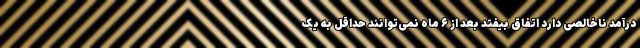
درآمد ناخالصی دارد اتفاق بیفتد بعد از ۶ ماه نمی‌توانند حداقل به یک